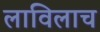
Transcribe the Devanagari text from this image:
लाविलाच